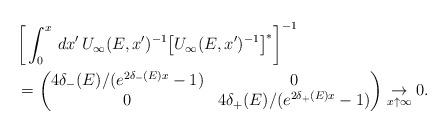
LaTeX: \begin{align*} & \bigg[\int_0^x\, dx' \, U_{\infty}(E,x')^{-1}\big[U_{\infty}(E,x')^{-1}\big]^*\bigg]^{-1} \\& =\begin{pmatrix} 4\delta_- (E)/(e^{2\delta_- (E) x}-1) & 0\\ 0 & 4\delta_+ (E)/(e^{2\delta_+ (E) x}-1) \end{pmatrix}\underset{x\uparrow \infty}{\rightarrow} 0. \end{align*}